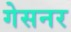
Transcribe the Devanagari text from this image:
गेसनर